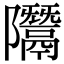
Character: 𨽨